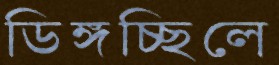
ডিঙ্গচ্ছিলে